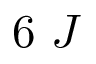
6 ~ J